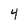
Character: 4